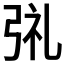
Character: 𫸱